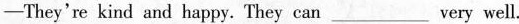
—— They're kind and happy. They can ___ very well.